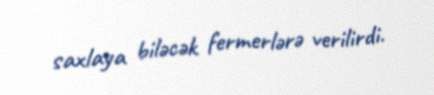
saxlaya biləcək fermerlərə verilirdi.